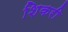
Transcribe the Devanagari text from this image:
शिकरी